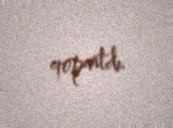
qopartdı.